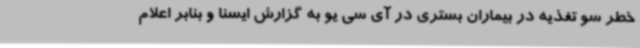
خطر سو تغذیه در بیماران بستری در آی سی یو به گزارش ایسنا و بنابر اعلام